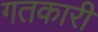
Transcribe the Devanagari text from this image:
गतकारी